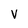
Character: v